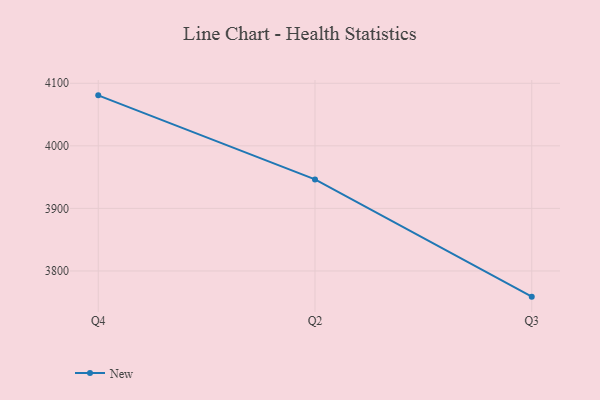
{"axis": {"x": "Quarter", "y": "Budget (USD K)"}, "legend": ["New"], "data": [{"x": "Q4", "y": 4080.7, "type": "New"}, {"x": "Q2", "y": 3946.3, "type": "New"}, {"x": "Q3", "y": 3758.9, "type": "New"}]}